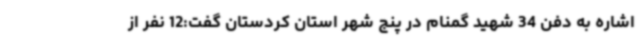
اشاره به دفن 34 شهید گمنام در پنج شهر استان کردستان گفت:12 نفر از